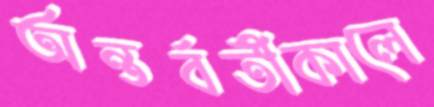
অন্তর্বর্তীকালে